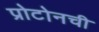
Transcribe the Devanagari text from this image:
प्रोटोनची